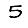
Digit: 5